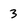
Character: 3